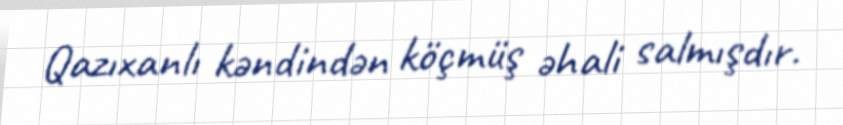
Qazıxanlı kəndindən köçmüş əhali salmışdır.